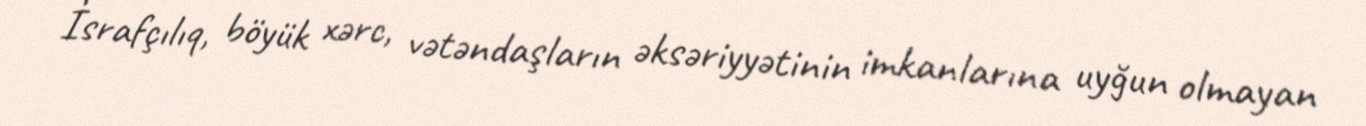
İsrafçılıq, böyük xərc, vətəndaşların əksəriyyətinin imkanlarına uyğun olmayan